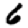
Digit: 6